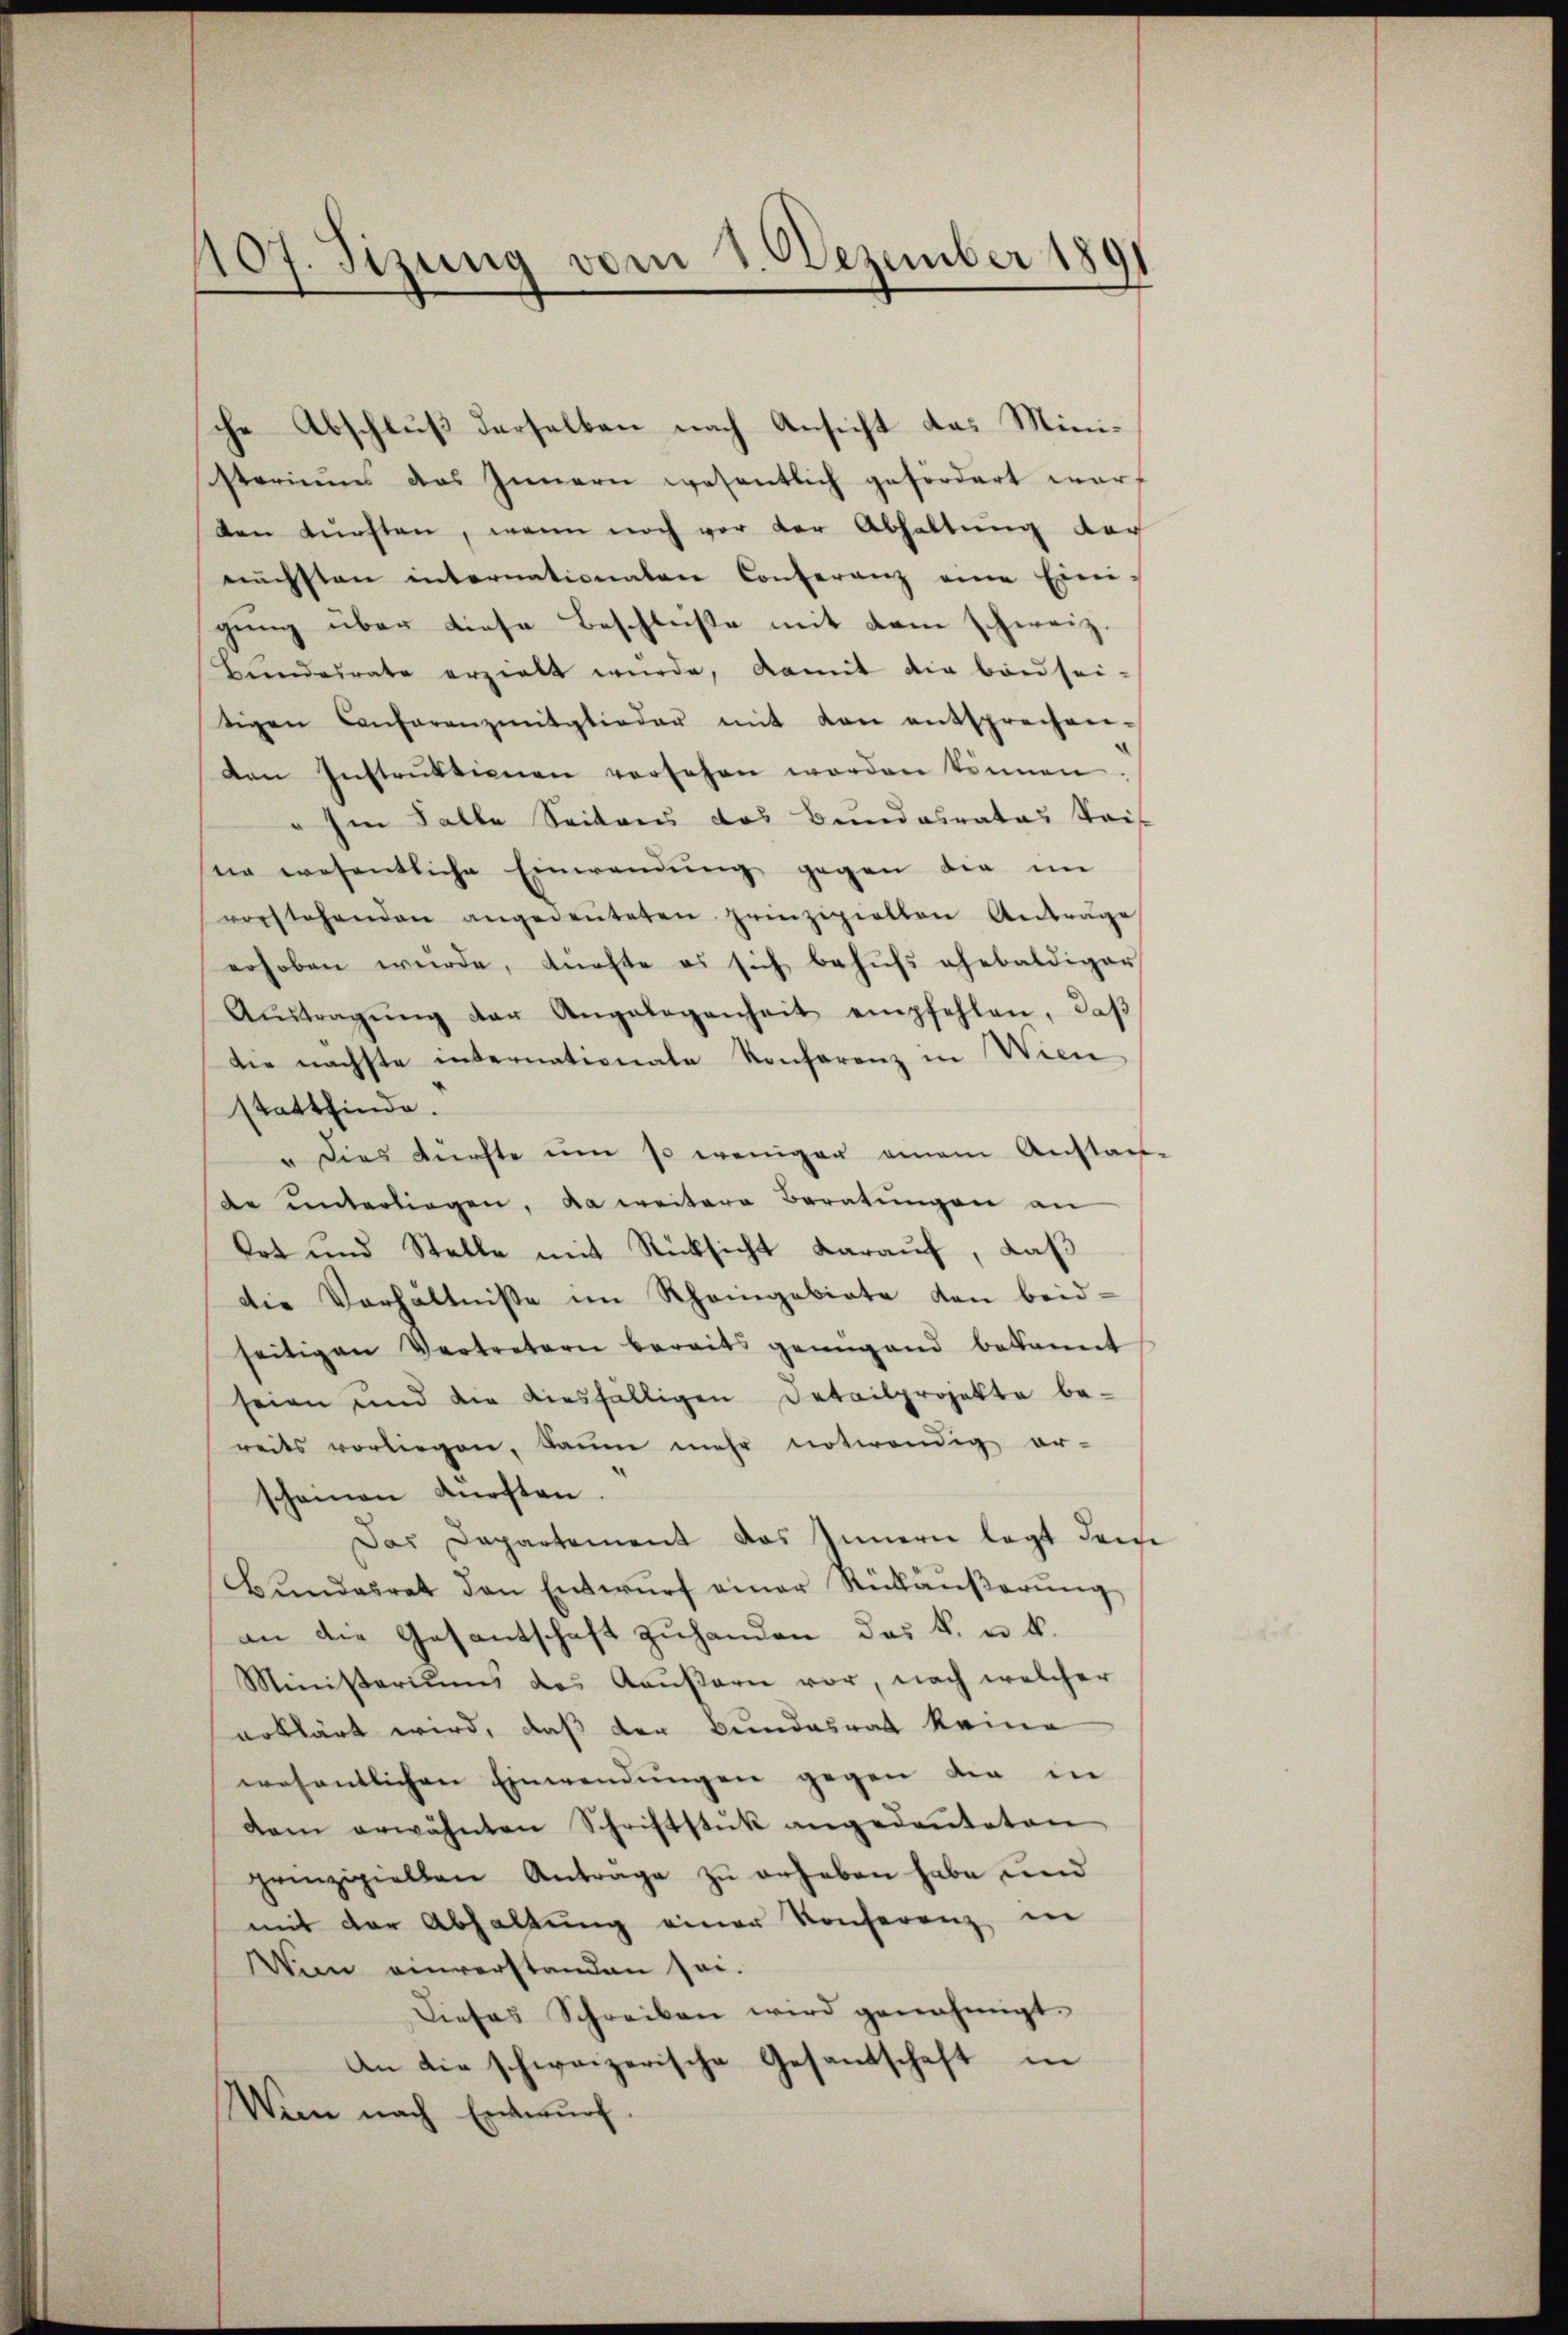
107. Sizung vom 1. Dezember 1891

che Abschluß derselben nach Ansicht das Ministeriums das Innern wesentlich gefördert warf
ten dürften, wenn noch vor der Abhaltung der
nächsten internationalen Conferenz eine Eini-
gung über diese Beschlüße mit dem schweiz.
Bŭndesrate erzielt wurde, damit die beisei-
tigen Conferenzmitglieder mit von entsprechen-
den Instrŭktionen versehen worden können.
" Im Falle Seitens das Bundesrates Seit
ne wesentliche Einwendung gegen die im
vorstehenden angedeuteten prinzipiellen Anträge
erhoben wurde, Anaste es sich behufs ehebaldiger
Aŭstragŭng der Angelegenheit empfehlen, daβ
die nächste internationate Konferenz in Wien
stattfinde.
u dies dürfte um so weniger einem Anstag-
de ŭnterliegen, da weitere Beratŭngen an
Ort und Stelle mit Rücksicht darauf, daß
Die Verhältnisse im Rheingebiete den beid-
seitigen Vertretern bereits genügend bekannt
seien und die diesfälligen Detailprojekte be-
reits vorliegen, kaum mehr notwendig er-
scheinen dürften.
Das Dapartement das Innern legt dem
Bŭndesrat den Entwŭrf einer Rückäŭβerŭng
an die Gesantschaft zuhanden das k. u. k.
Ministeriums des Kaŭβern vor, nach welcher
erklärt wird, daß der Bundesrat keine
wesentlichen Einwendungen gegen die in
dem erwähnten Schriftstük angedeuteten
prinzipiellen Antrage zŭ erheben habe und
mit der Abhaltung einer Konferenz in
Wie einverstanden sei.
Dieses Schreiben wird genehmigt.
An die schweizerische Gesandschaft in
Wenn nach Entwurf.